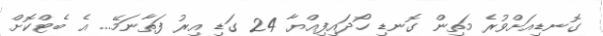
ގޮނޑިއަށްވުރެ މަތިން ގޮނޑި ހޯދައިފިއްޔާ 24 ގަޑި އިރު ފަތާނަމޭ... އެ ބެޓްކޮށް